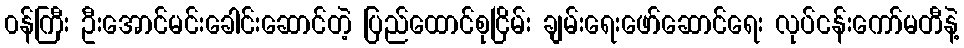
၀န်ကြီး ဦးအောင်မင်းခေါင်းဆောင်တဲ့ ပြည်ထောင်စုငြိမ်း ချမ်းရေးဖော်ဆောင်ရေး လုပ်ငန်းကော်မတီနဲ့